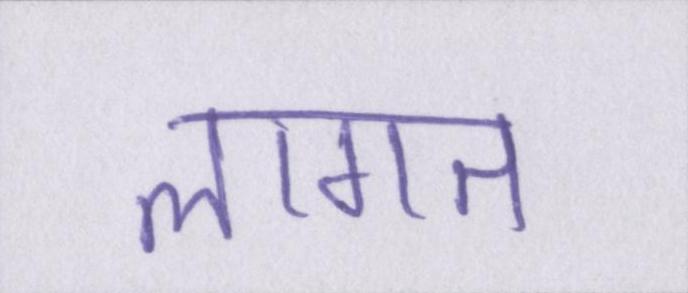
लागत